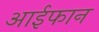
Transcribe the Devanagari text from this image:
आईफान